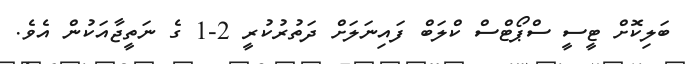
ބަލިކޮށް ޓީސީ ސްޕޯޓްސް ކްލަބް ފައިނަލަށް ދަތުރުކުރީ 2-1 ގެ ނަތީޖާއަކުން އެވެ.